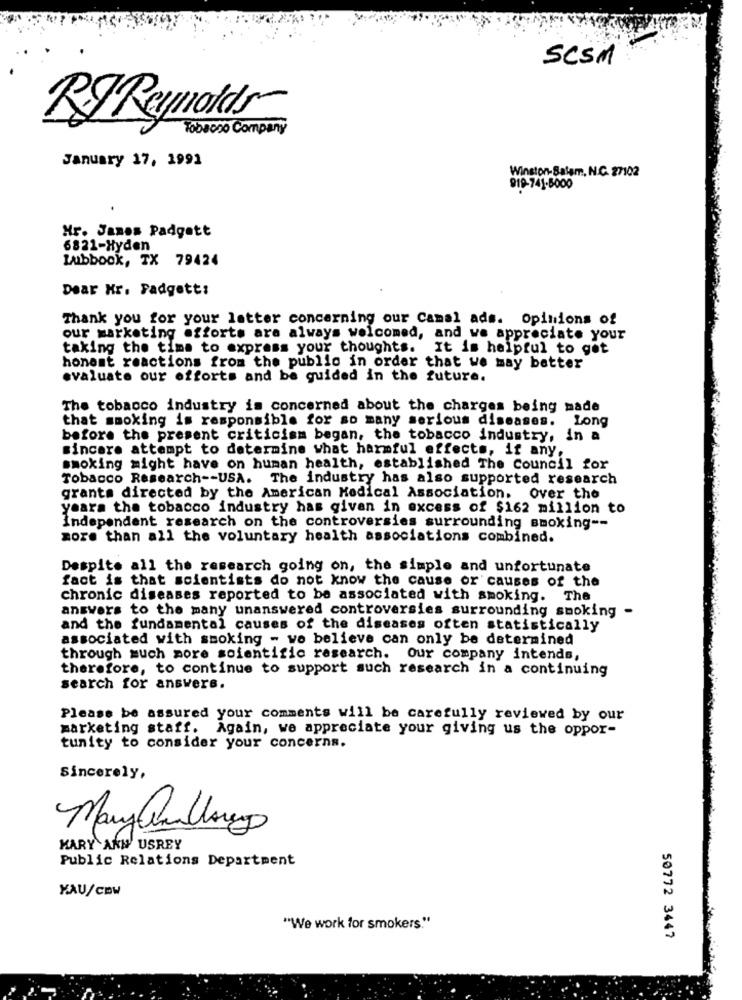
SCSM
Tobacco Company
RJReynolds
January 17, 1991
Winston-Salem, N.C. 27102
919-741-8000
Hr. James Padgett
6821-Hyden
Lubbook, TX 79424
Dear Mr. Padgett:
Thank you for your latter concerning our Camal ads. Opinions of
our marketing efforts are always welcomed, and we appreciate your
taking the time to express your thoughts. It is helpful to get
honest reactions from the public in order that we may better
evaluate our efforts and be guided in the future.
The tobacco industry is concerned about the charges being made
that smoking is responsible for so many serious diseases. Long
before the present criticism began, the tobacco industry, in a
sincere attempt to determine what harmful effects, if any.
smoking might have on human health, established The Council for
Tobacco Research -- USA. The industry has also supported research
grants directed by the American Medical Association. Over the
years the tobacco industry has given in excess of $162 million to
Independent research on the controversies surrounding smoking --
more than all the voluntary health associations combined.
Despite all the research going on, the simple and unfortunate
fact is that scientists do not know the cause or causes of the
chronic diseases reported to be associated with smoking. The
answers to the many unanswered controversies surrounding smoking -
and the fundamental causes of the diseases often statistically
associated with smoking - wo believe can only be determined
through much more soientific research. Our company intends,
therefore, to continue to support such research in a continuing
search for answers.
Please be assured your comments will be carefully reviewed by our
marketing staff. Again, we appreciate your giving us the oppor-
tunity to consider your concerns.
Sincerely,
Many Willowy
MARY ANN USREY
Public Relations Department
XAU/CDW
"We work for smokers."
50772 3447